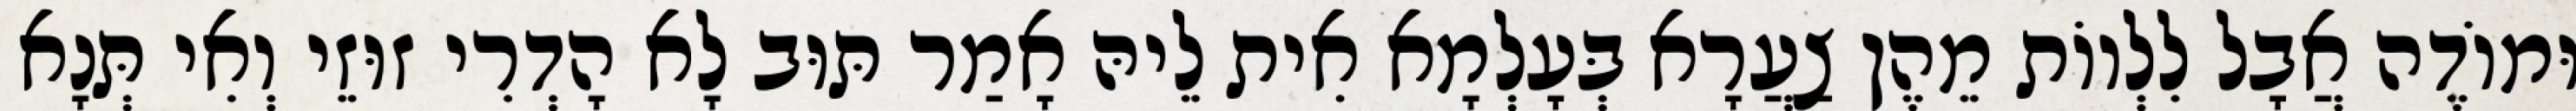
וּמוֹדֶה אֲבָל לִלְווֹת מֵהֶן צַעֲרָא בְּעָלְמָא אִית לֵיהּ אָמַר תּוּב לָא הָדְרִי זוּזֵי וְאִי תְּנָא